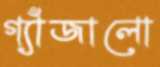
গ্যাঁজালো